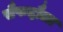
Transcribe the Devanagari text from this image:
सैफद्दौला